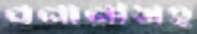
বনানীসহ